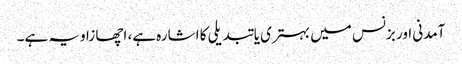
آمدنی اور بزنس میں بہتری یا تبدیلی کا اشارہ ہے، اچھا زاویہ ہے۔